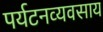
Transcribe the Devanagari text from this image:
पर्यटनव्यवसाय